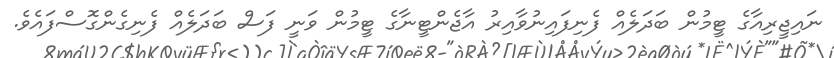
ނައިޖީރިއާގެ ޓީމުން ބަދަލެއް ފެނިފައިނުވާއިރު އާޖެންޓީނާގެ ޓީމުން ވަނީ ފަސް ބަދަލެއް ފެނިގެންގޮސްފައެވެ.